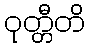
ဝုတ္တီတိ